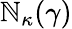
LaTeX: \mathbb{N}_{\kappa}(\gamma)